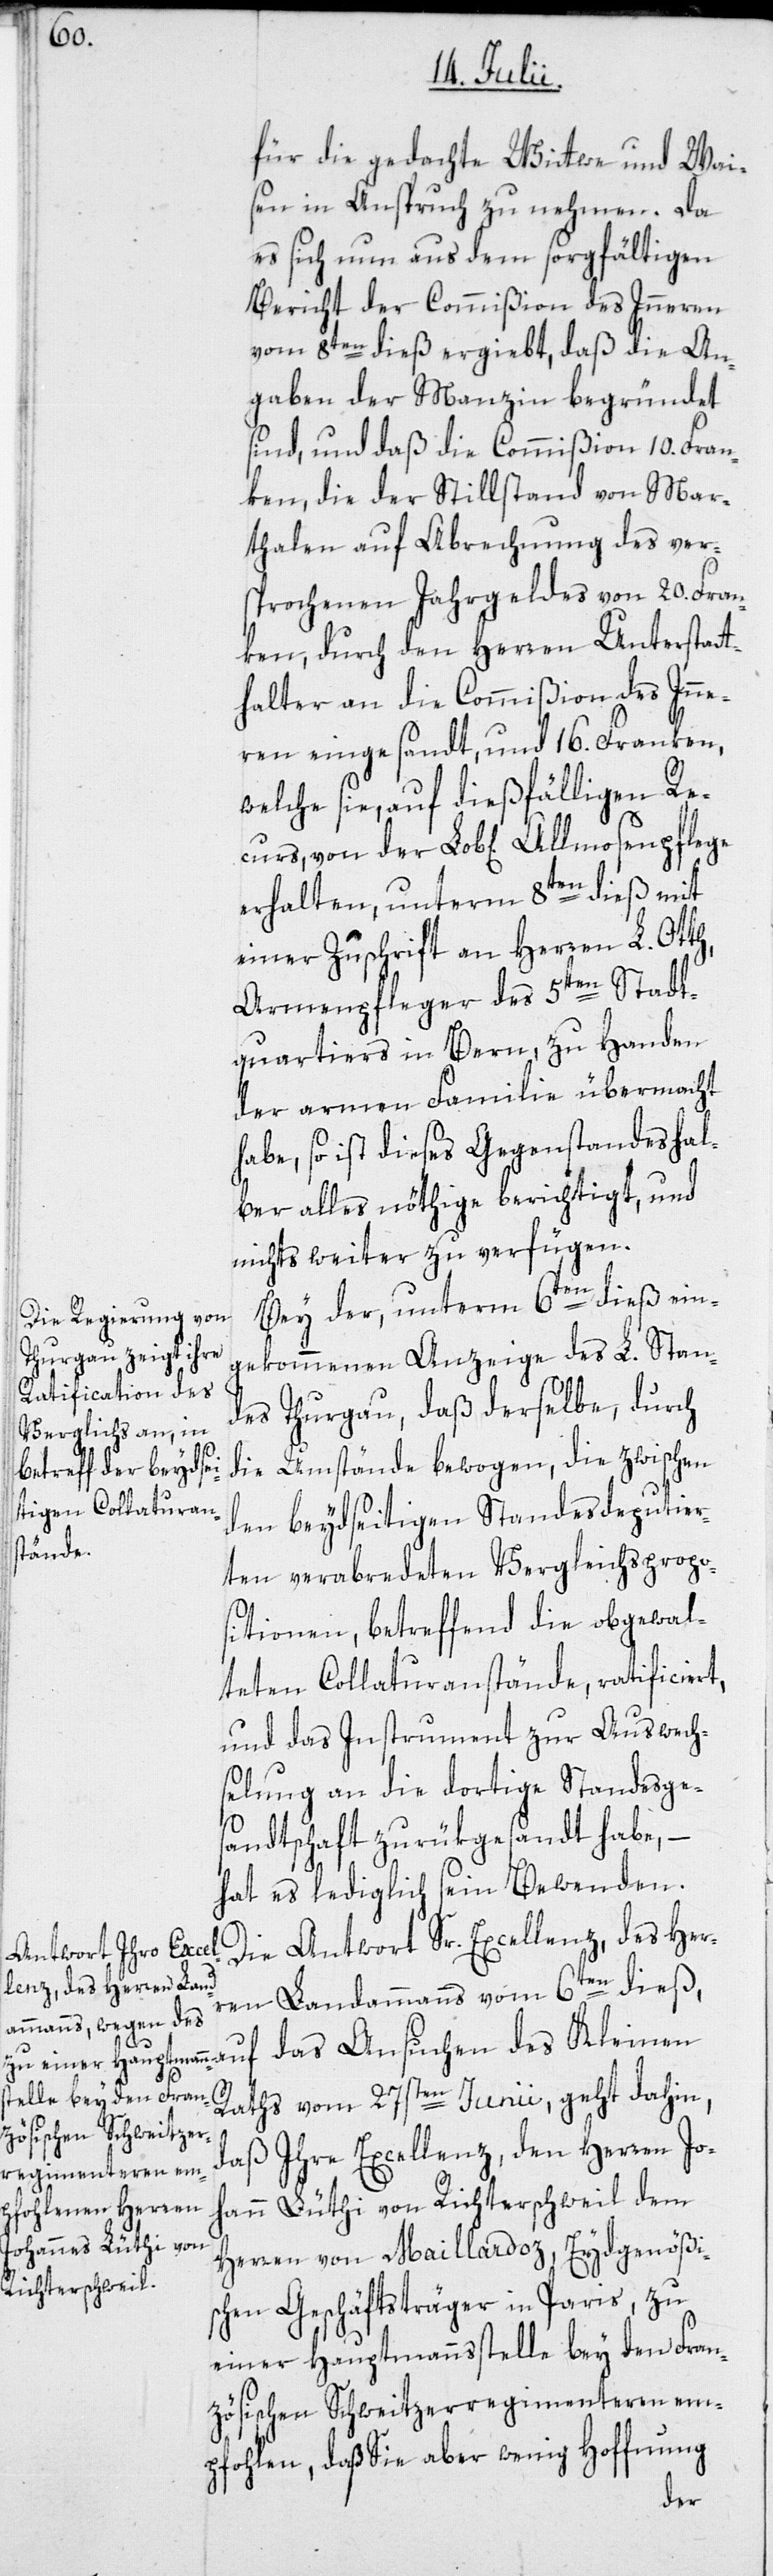
für die gedachte Wittwe und Wai¬
sen in Anspruch zu nehmen. Da
es sich nun aus dem sorgfältigen
Bericht der Commißion des Inneren
vom 8ten dieß ergiebt, daß die An¬
gaben der Manzin begründet
sind, und daß die Commißion 10. Fran¬
ken, die der Stillstand von Mar¬
thalen auf Abrechnung des ver¬
sprochenen Jahrgeldes von 20. Fran¬
ken, durch den Herren Unterstatt¬
halter an die Commißion des Inne¬
ren eingesandt, und 16. Franken,
welche sie, auf dießfälligen Rec¬
des
erhalten, unterm 8ten dieß mit
einer Zuschrift an Herren L. Otth,
Armenpfleger des 5ten Stadt¬
quartiers in Bern, zu Handen
der armen Familie übermacht
habe, so ist dieses Gegenstandes hal¬
ber alles nöthige berichtigt, und
nichts weiter zu verfügen.
Bey der, unterm 6ten dieß ein¬
gekommenen Anzeige des L. Stan¬
des Thurgau, daß derselbe, durch
die Umstände bewogen, die zwischen
den beydseitigen Standesdeputier¬
ten verabredeten Vergleichspropo¬
sitionen, betreffend die obgewal¬
teten Collaturanstände, ratificiert,
und das Instrument zur Auswech¬
selung an die dortige Standesge¬
sandtschaft zurükgesandt habe, –
hat es lediglich sein Bewenden.
Die Antwort Sr. Excellenz, des Her¬
ren Landammanns vom 6ten dieß,
urs,
Raths vom 27sten Junii, geht dahin,
daß Ihre Excellenz, den Herren Joh¬
ann Lüthi von Richterschweil dem
Herren von Maillardoz, Eydgenößi¬
schen Geschäftsträger in Paris, zu
einer Hauptmannsstelle bey den Fran¬
zösischen Schweitzerregimenteren em¬
pfohlen, daß Sie aber wenig Hoffnung
der